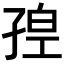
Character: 𡥴